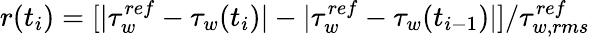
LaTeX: r(t_{i})=[|\tau_{w}^{ref}-\tau_{w}(t_{i})|-|\tau_{w}^{ref}-\tau_{w}(t_{i-1})|]/\tau_{w,rms}^{ref}